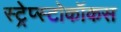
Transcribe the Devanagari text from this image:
स्ट्रेप्स्टोकॉकस